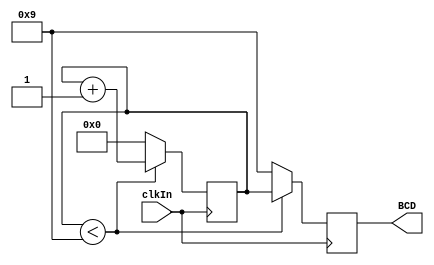
module bcdCounter(clkIn, BCD);

	// Define inputs and outputs
	input clkIn;
	output reg [3:0] BCD;
	
	reg [3:0] count;
	
	initial 
		begin
			count = 0;
		end
	
	always @ (posedge clkIn)
		begin
			if (count < 9)
				begin
					BCD <= count;
					count <= count + 1;
				end
			else
				begin
					BCD <= 9;
					count <= 0;
				end
		end

endmodule